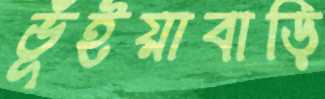
ভূঁইয়াবাড়ি